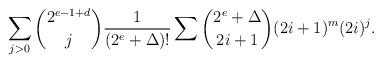
LaTeX: \begin{align*}\sum_{j>0}\binom{2^{e-1+d}}j\frac1{(2^e+\Delta)!}\sum\binom{2^e+\Delta}{2i+1}(2i+1)^m(2i)^j.\end{align*}